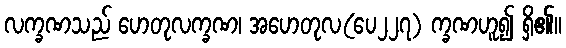
လက္ခဏသည် ဟေတုလက္ခဏ၊ အဟေတုလ(ပေ၂၂၇) က္ခဏဟူ၍ ရှိ၏။